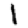
Digit: 1